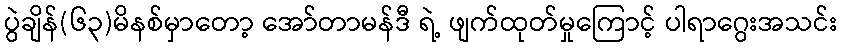
ပွဲချိန်(၆၃)မိနစ်မှာတော့ အော်တာမန်ဒီ ရဲ့ ဖျက်ထုတ်မှုကြောင့် ပါရာဂွေးအသင်း